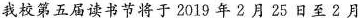
我校第五届读书节将于2019年2月25日至2月